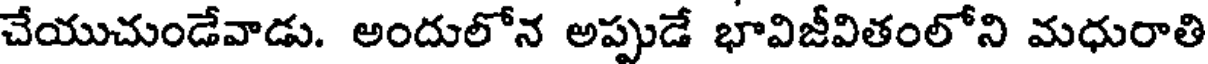
చేయుచుండేవాడు. అందులోన అప్పుడే భావిజీవితంలోని మధురాతి